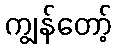
ကျွန်တော့်